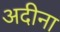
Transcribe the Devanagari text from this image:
अदीना